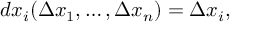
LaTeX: d x _ { i } ( \Delta x _ { 1 } , \dots , \Delta x _ { n } ) = \Delta x _ { i } ,